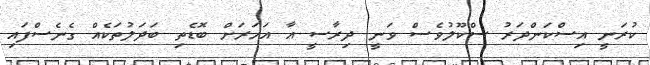
ކުރަނީ އިސްކަންދަރު ސްކޫލުވެސް ވަނީ ދިރާސީ އާ އަހަރަށް ބޮޑެތި ބަދަލުތަކެއް ގެނެސްފައި